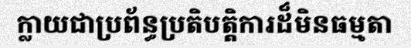
ក្លាយជាប្រព័ន្ធប្រតិបត្តិការដ៏មិនធម្មតា